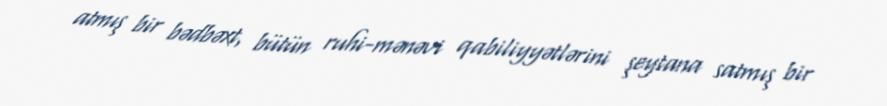
atmış bir bədbəxt, bütün ruhi-mənəvi qabiliyyətlərini şeytana satmış bir